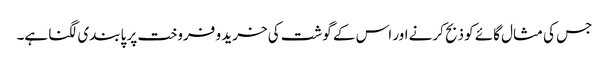
جس کی مثال گائے کو ذبح کرنے اور اس کے گوشت کی خرید و فروخت پر پابندی لگنا ہے۔